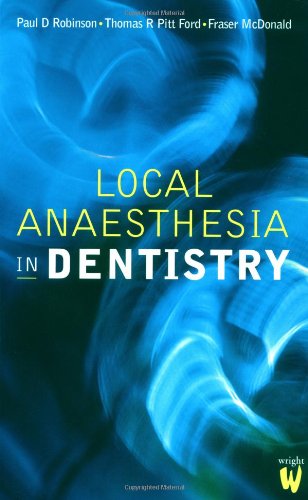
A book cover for Local Anaesthesia in Dentistry, 7e; Paul D. Robinson PhD  BDS  MBBS  FDS; Medical Books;